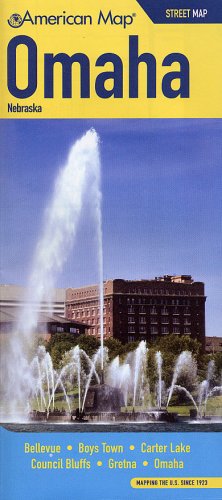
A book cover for American Map Corporation Omaha, Ne Street Map; Travel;